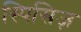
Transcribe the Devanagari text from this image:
स्पिसिज़